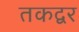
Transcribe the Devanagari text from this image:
तकद्वर